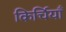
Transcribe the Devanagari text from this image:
किर्चियाँ